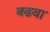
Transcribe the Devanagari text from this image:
बढवा